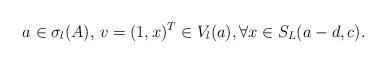
LaTeX: \begin{align*} a\in \sigma_l(A),\,v=(1,x)^T\in V_l(a), \forall x\in S_L(a-d,c).\end{align*}